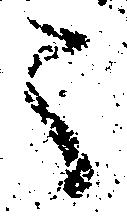
う